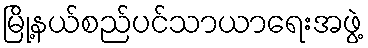
မြို့နယ်စည်ပင်သာယာရေးအဖွဲ့